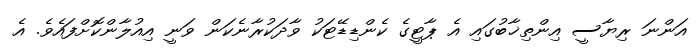
އަންނަ ރިޔާސީ އިންތިޚާބުގައި އެ ޕާޓީގެ ކެންޑިޑޭޓަކު ވާދަކުރާނެކަން ވަނީ އިއުލާންކޮށްފައެވެ. އެ